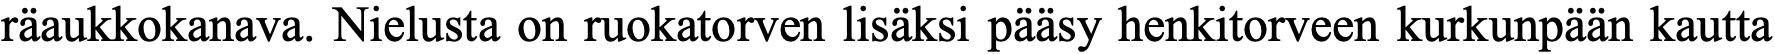
räaukkokanava. Nielusta on ruokatorven lisäksi pääsy henkitorveen kurkunpään kautta